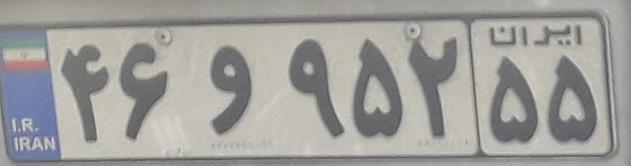
۴۶و۹۵۲۵۵